Lunatic asylums Punjab 1868-1880 - 1868-1880
Year: 1868
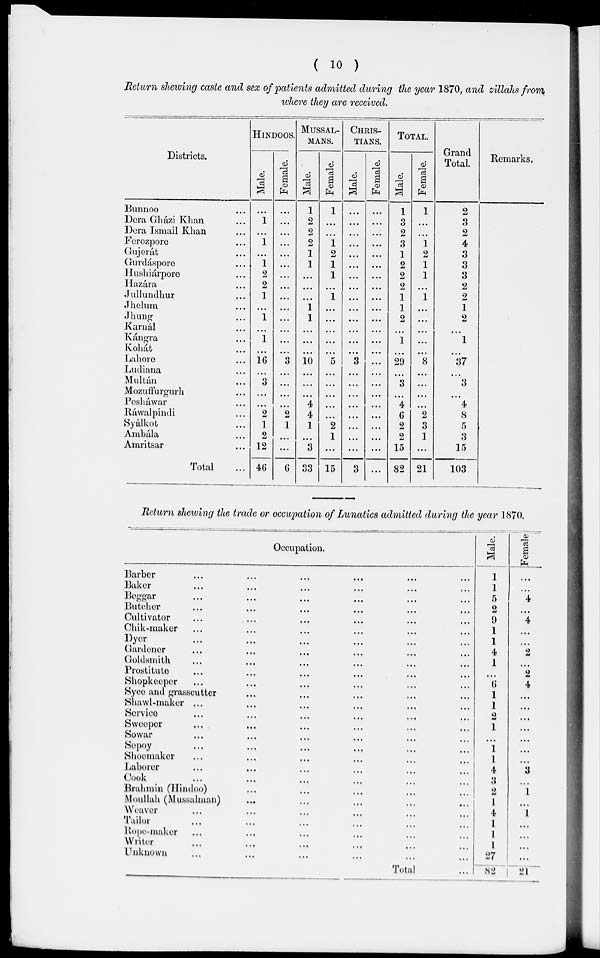
( 10 )
Return shewing caste and sex of patients admitted during the year 1870, and zillahs from
where they are received.
Districts.
Bunnoo ...
Dera Gházi Khan ...
Dera Ismail Khan ...
Ferozpore ...
Gujarat ...
Gurdáspore
...
Hushiárpore ...
Hazára ...
Jullundhur ...
Jhelum ...
Jhung ...
Karnál ...
Kángra ...
Kohát ...
Lahore ...
Ludiana ...
Multán ...
Mozuffurgurh ...
Pesháwar ...
Ráwalpindi ...
Syálkot ...
Ambála ...
Amritsar ...
Total ...
HINDOOS.
Male.
...
1
...
1
...
1
2
2
1
...
1
...
1
...
16
...
3
...
...
2
1
2
12
46
Female.
...
...
...
...
...
...
...
...
...
...
...
...
...
...
3
...
...
...
...
2
1
...
...
6
MUSSALMANS.
Male.
1
2
2
2
1
1
...
...
...
1
1
...
...
...
10
...
...
...
4
4
1
...
3
33
Female.
1
...
...
1
2
1
1
...
1
...
...
...
...
...
5
...
...
...
...
...
2
1
...
15
CHRIS-
-----.
Mal e.
...
...
...
...
...
...
...
...
...
...
...
...
...
...
3
...
...
...
...
...
...
...
...
3
Femal e.
...
...
...
...
...
...
...
...
...
...
...
...
...
...
...
...
...
...
...
...
...
...
...
...
TOTAL.
Male.
1
3
2
3
1
2
2
2
1
1
2
...
1
...
29
...
3
...
4
6
2
2
15
82
Femal e.
1
...
...
1
2
1
1
...
1
...
...
...
...
...
8
...
...
...
...
2
3
1
...
21
Grand
Total.
2
3
2
4
3
3
3
2
2
1
2
...
1
...
37
...
3
...
4
8
5
3
15
103
Remarks.
Return showing the trade or occupation of Lunatics admitted during the year 1870.
Occupation.
Barber
...
...
...
...
...
...
Baker
...
...
...
...
...
...
Beggar
...
...
...
...
...
...
Butcher ... ... ... ... ... ...
Cultivator ... ... ... ... ... ...
Chik-maker ... ... ... ... ... ...
Dyer
...
...
...
...
...
...
Gardener ... ... ... ... ... ...
Goldsmith ... ... ... ... ... ...
Prostitute ... ... ... ... ... ...
Shopkeeper ... ... ... ... ... ...
Syce and grasscutter ... ... ... ... ... ...
Shawl-maker ... ... ... ... ... ...
Service ... ... ... ... ... ...
Sweeper ... ... ... ... ... ...
Sowar ... ... ... ... ... ...
Sepoy ... ... ... ... ... ...
Shoemaker ... ... ... ... ... ...
Laborer ... ... ... ... ... ...
Cook
...
...
...
...
...
...
Brahmin (Hindoo) ... ... ... ... ... ...
Moullah (Mussulman) ... ... ... ... ... ...
Weaver ... ... ... ... ... ...
Tailor ... ... ... ... ... ...
Rope-maker ... ... ... ... ... ...
Writer ... ... ... ... ... ...
Unknown ... ... ... ... ... ...
Total ...
Male.
1
1
5
2
9
1
1
4
1
...
6
1
1
2
1
...
1
1
4
3
2
1
4
1
1
1
27
82
Females
...
...
4
...
4
...
...
2
...
2
4
...
...
...
...
...
...
...
3
...
1
...
1
...
...
...
...
21